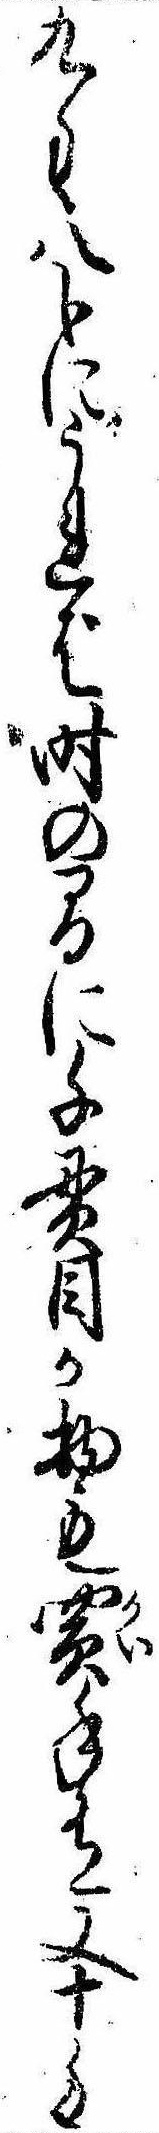
九匁八分にうれば時の間に千貫目か物も買手有又十匁